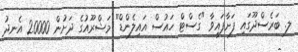
ލ. ބަރެސްދޫގައި ފަށާފައިވާ "ގެސްޓް ހައުސް އައިލެންޑް" މަޝްރޫއުގެ ދަށުން 20000 އެނދު